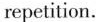
repetition.